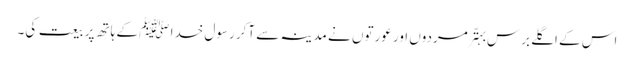
اس کے اگلے برس بہتّر مردوں اور عورتوں نے مدینہ سے آکر رسول خدا ﷺ کے ہاتھ پر بیعت کی۔